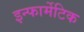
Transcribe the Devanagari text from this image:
इन्फार्मेटिक